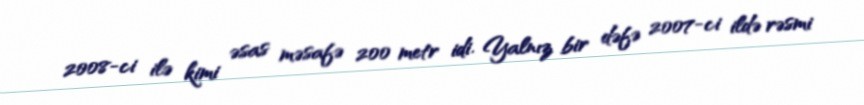
2008-ci ilə kimi əsas məsafə 200 metr idi. Yalnız bir dəfə 2007-ci ildə rəsmi